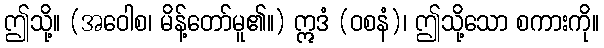
ဤသို့။ (အဝေါစ၊ မိန့်တော်မူ၏။) ဣဒံ (ဝစနံ)၊ ဤသို့သော စကားကို။